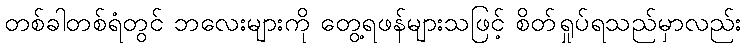
တစ်ခါတစ်ရံတွင် ဘလေးများကို တွေ့ရဖန်များသဖြင့် စိတ်ရှုပ်ရသည်မှာလည်း